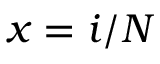
x = i / N